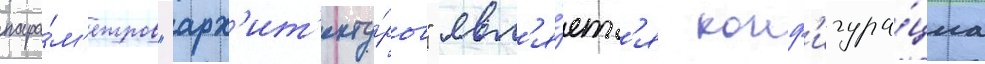
пара́м'етров "арх'ит'екту́ры" явл'я́етс'я конф'игура́циа